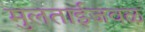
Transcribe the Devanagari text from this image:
मुलताईजवळ